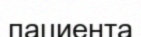
пациента